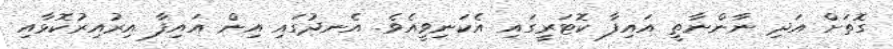
ގޮތަށް އަދި ނާންނާތީ އައިފާ ކޮޓަރީގައި އެކަނިވީއެވެ. އެނދުގައި އިން އައިފާ އިރުއިރުކޮޅާއި